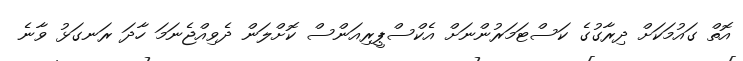
އޮތް ގައުމަކަށް ދިރާގުގެ ކަސްޓަމަރުންނަށް އެކްސްޕީރިއަންސް ކޮށްލަން ދެވިއްޖެނަމަ ހާދަ ރަނގަޅު ވާނެ